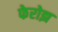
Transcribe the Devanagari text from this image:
फेरोझ